Insane asylums in Bengal annual reports 1876-1887 - 1876-1887
Year: 1876
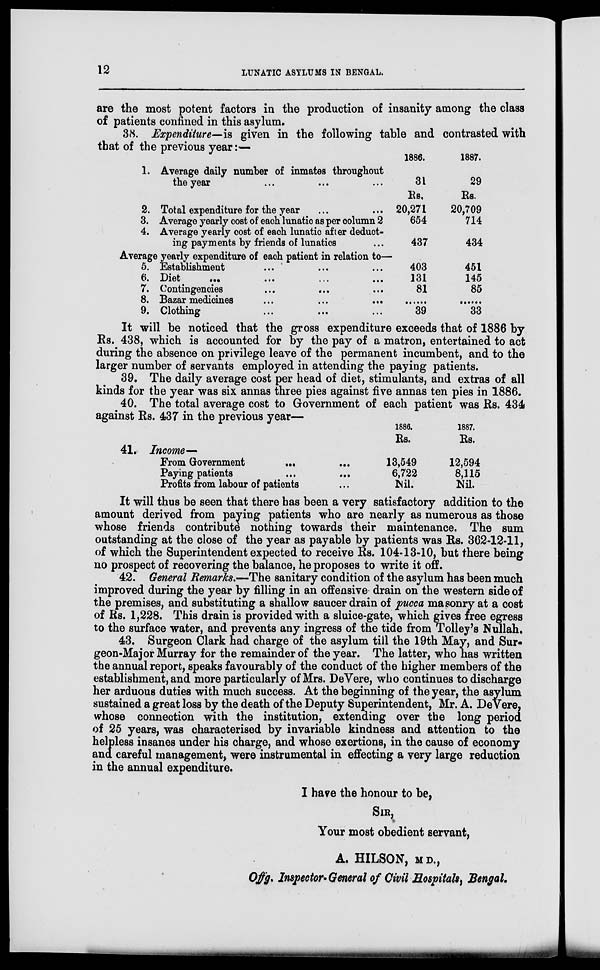
12
LUNATIC ASYLUMS IN BENGAL.
are the most potent factors in the production of insanity among the class
of patients confined in this asylum.
38. Expenditure—is given in the following table and contrasted with
that of the previous year:—
1. Average daily number of inmates throughout
the year ... ... ...
2. Total expenditure for the year ... ...
3. Average yearly cost of each lunatic as per column 2
4. Average yearly cost of each lunatic after deduct-
ing payments by friends of lunatics ...
1886.
31
Rs.
20,271
654
437
1887.
29
Rs.
20,709
714
434
Average yearly expenditure of each patient in relation to—
5. Establishment ... ... ...
6.
Diet
...
...
...
...
7. Contingencies ... ... ...
8. Bazar medicines
...
...
...
9. Clothing ... ... ...
403
131
81
......
39
451
145
85
......
33
It will be noticed that the gross expenditure exceeds that of 1886 by
Rs. 438, which is accounted for by the pay of a matron, entertained to act
during the absence on privilege leave of the permanent incumbent, and to the
larger number of servants employed in attending the paying patients.
39. The daily average cost per head of diet, stimulants, and extras of all
kinds for the year was six annas three pies against five annas ten pies in 1886.
40. The total average cost to Government of each patient was Rs. 434
against Rs. 437 in the previous year—
41. Income—
From Government
... ...
Paying patients ... ...
Profits from labour of patients ...
1886.
Rs.
13,549
6,722
Nil.
1887.
Rs.
12,594
8,115
Nil.
It will thus be seen that there has been a very satisfactory addition to the
amount derived from paying patients who are nearly as numerous as those
whose friends contribute nothing towards their maintenance. The sum
outstanding at the close of the year as payable by patients was Rs. 362-12-11,
of which the Superintendent expected to receive Rs. 104-13-10, but there being
no prospect of recovering the balance, he proposes to write it off.
42. General Remarks.—The sanitary condition of the asylum has been much
improved during the year by filling in an offensive drain on the western side of
the premises, and substituting a shallow saucer drain of pucca masonry at a cost
of Rs. 1,228. This drain is provided with a sluice-gate, which gives free egress
to the surface water, and prevents any ingress of the tide from Tolley's Nullah.
43. Surgeon Clark had charge of the asylum till the 19th May, and Sur-
geon-Major Murray for the remainder of the year. The latter, who has written
the annual report, speaks favourably of the conduct of the higher members of the
establishment, and more particularly of Mrs. DeVere, who continues to discharge
her arduous duties with much success. At the beginning of the year, the asylum
sustained a great loss by the death of the Deputy Superintendent, Mr. A. DeVere,
whose connection with the institution, extending over the long period
of 25 years, was characterised by invariable kindness and attention to the
helpless insanes under his charge, and whose exertions, in the cause of economy
and careful management, were instrumental in effecting a very large reduction
in the annual expenditure.
I have the honour to be,
SIR,
Your most obedient servant,
A. HILSON, M.D.,
Offg. Inspector- General of Civil Hospitals, Bengal.